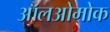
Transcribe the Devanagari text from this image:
ऑलओमोक